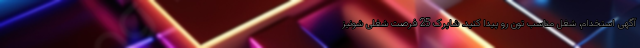
آگهی استخدام، شغل مناسب تون رو پیدا کنید. شاپرک 25 فرصت شغلی شونیز